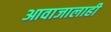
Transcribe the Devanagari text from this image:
आवाजालाही